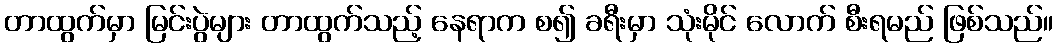
တာထွက်မှာ မြင်းပွဲများ တာထွက်သည့် နေရာက စ၍ ခရီးမှာ သုံးမိုင် လောက် စီးရမည် ဖြစ်သည်။